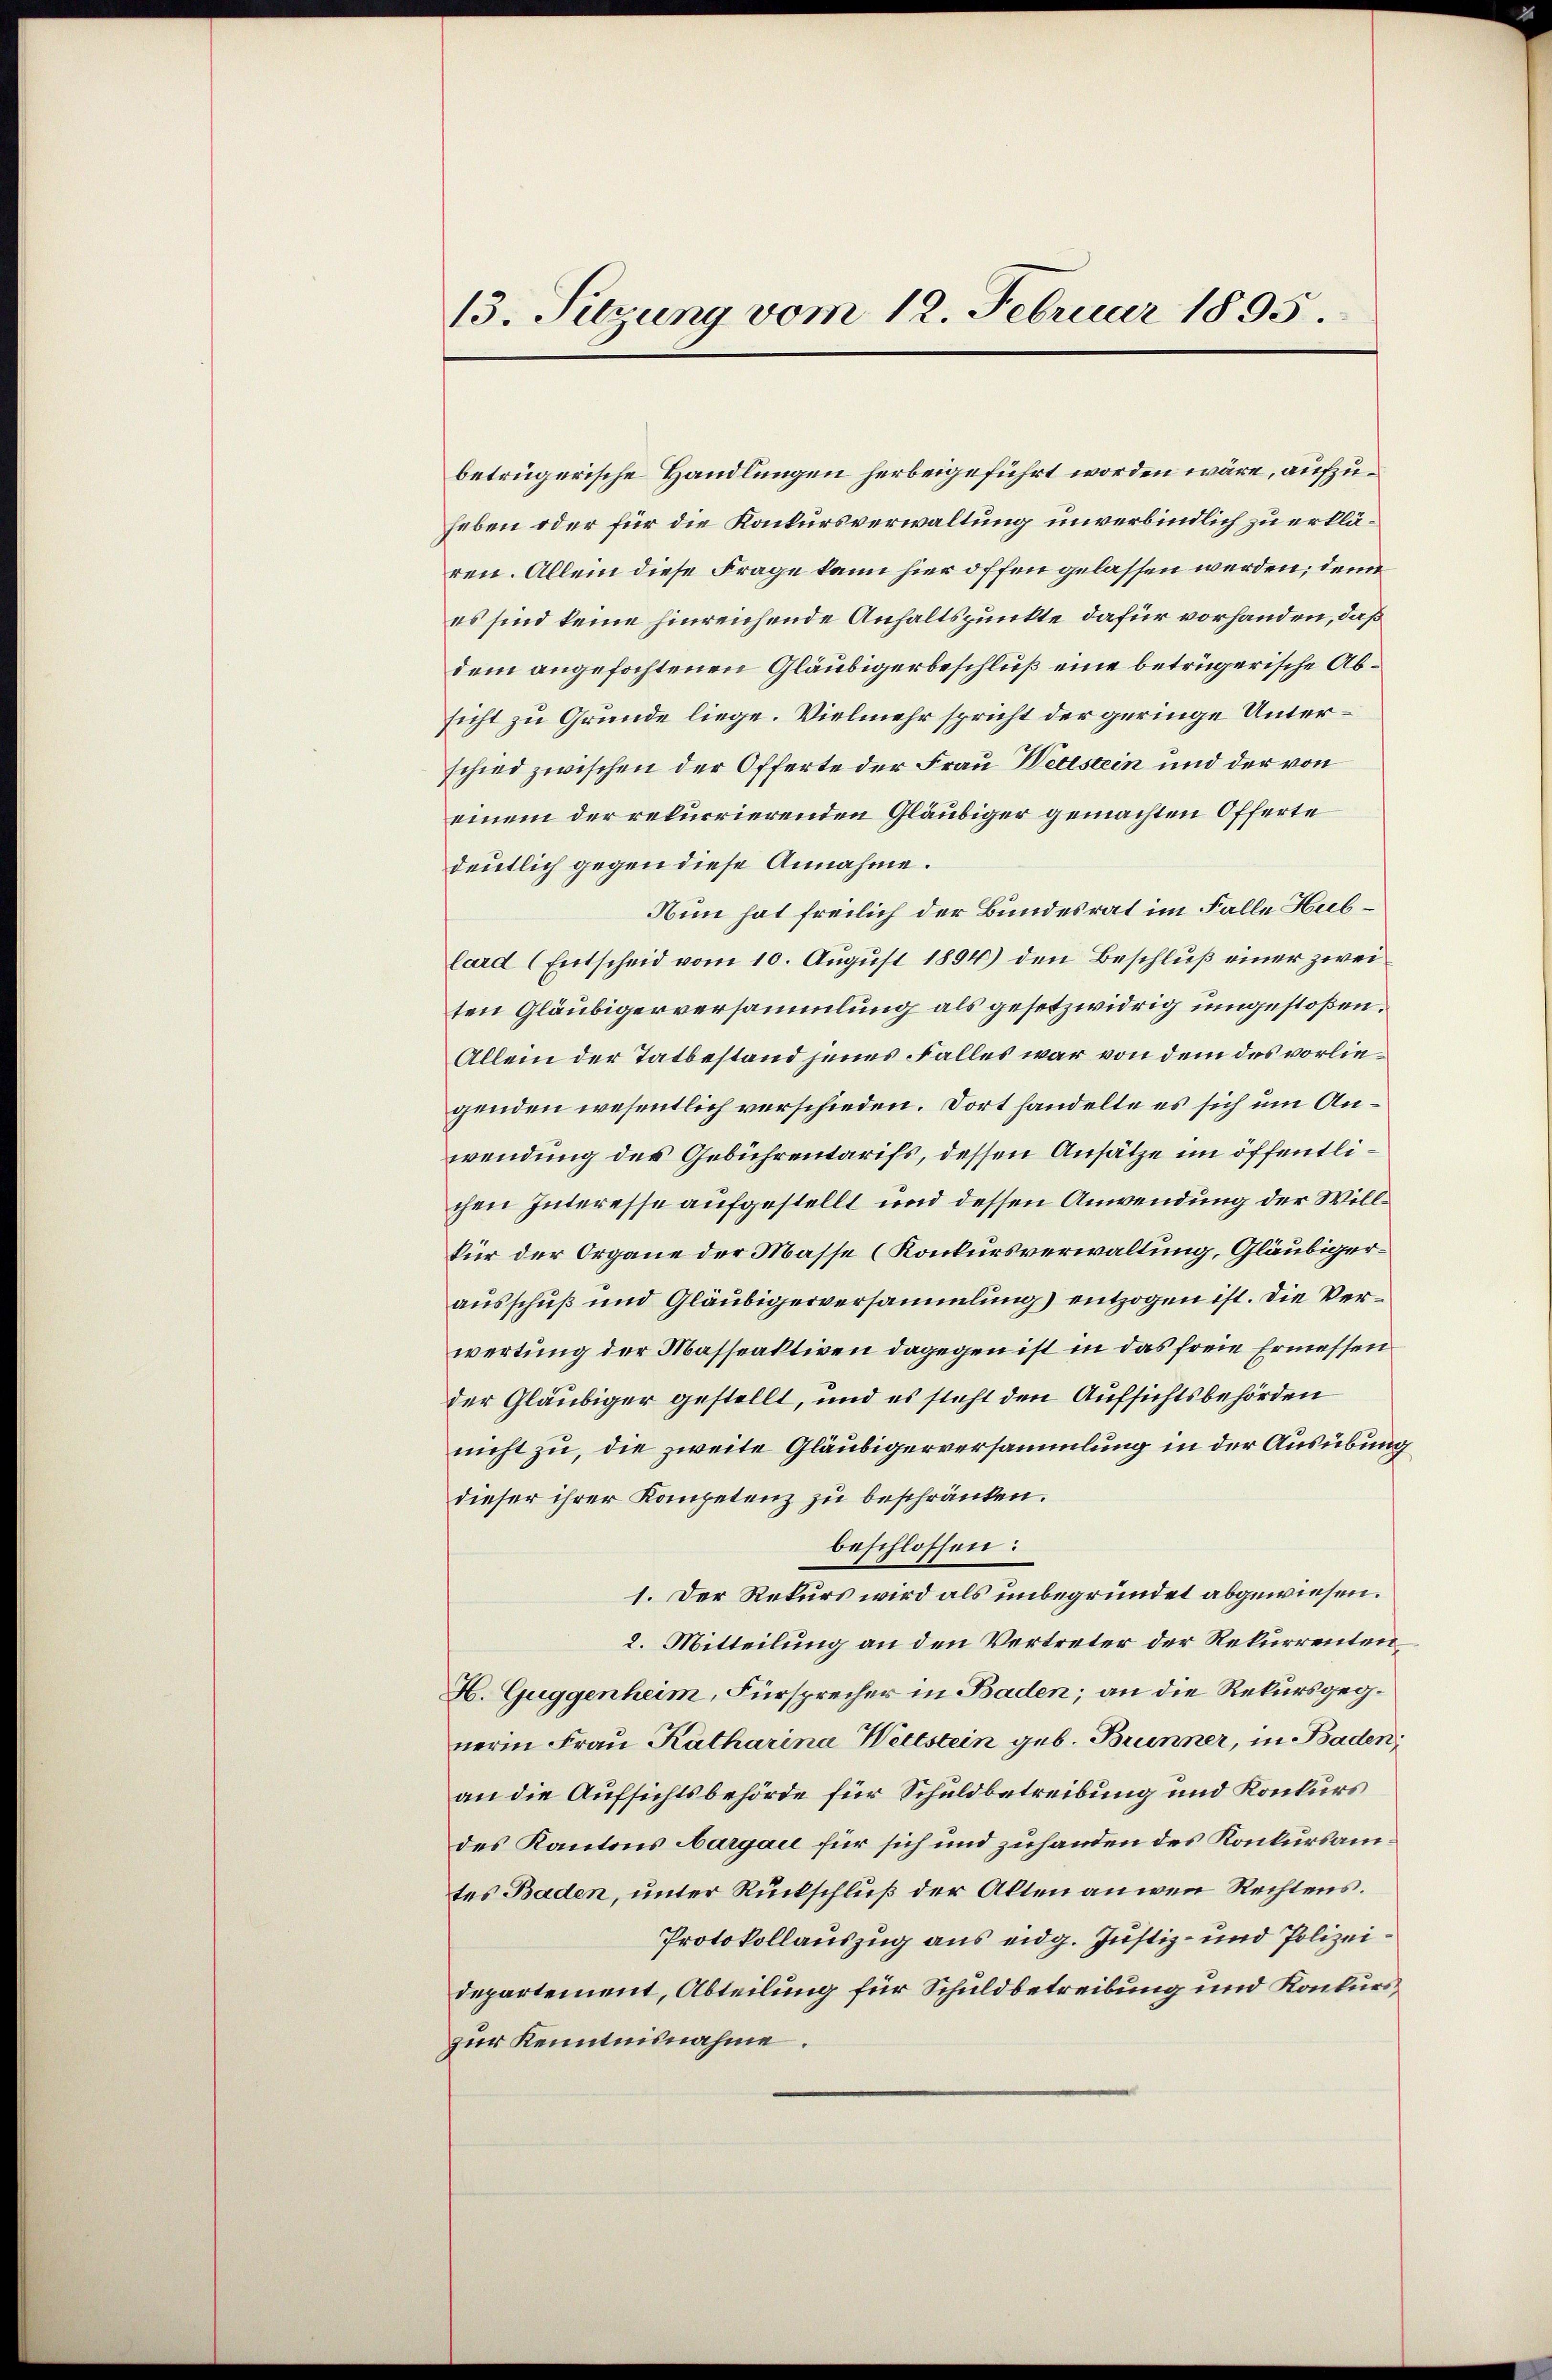
13. Suzung vom 12. Februar 1895.

betrügerische Handlungen herbeigeführt worden wäre, aufzuheben oder für die Konkursverwaltung unverbindlich zu erklären. Allein diese Frage kann hier offen gelassen werden; denn
es sind keine hinreichende Anhaltspunkte dafür vorhanden, daß
dem angefochtenen Gläubigerbeschluß eine betrügerische Absicht zu Grunde liege. Vielmehr spricht der geringe Unterschied zwischen der Offerte der Frau Webstein und der von
einem der rekurrierenden Gläubiger gemachten Offerte
deutlich gegen diese Annahme.
Nun hat freilich der Bundesrat im Falle Hublard (Entscheid vom 10. August 1894) den Beschluß einer zweiten Gläubigerversammlung als gesetzwidrig umgestoßen.
Allein der Tatbestand jenes Falles war von dem des vorliegenden wesentlich verschieden. Dort handelte es sich um Anwendung des Gebührentarifs, dessen Ansätze im öffentlichen Interesse aufgestellt und dessen Anwendung der Willkür der Organe der Masse (Konkursverwaltung, Gläubigerausschuß und Gläubigerversammlung) entzogen ist. Die Verwertung der Masseaktiven dagegen ist in das freie Ermessen
der Gläubiger gestellt, und es steht den Aufsichtsbehörden
nicht zu, die zweite Gläubigerversammlung in der Ausübung
dieser ihrer Kompetenz zu beschränken.
beschlossen:
1. Der Rekurs wird als unbegründet abgewiesen.
2. Mitteilung an den Vertreter der Rekurrenten
H. Guggenheim, Fürsprecher in Baden; an die Rekursgegnerin Frau Katharina Wettstein geb. Brunner, in Baden,
an die Aufsichtsbehörde für Schuldbetreibung und Konkurs
des Kantons Aargau für sich und zuhanden des Konkursamtes Baden, unter Rückschluß der Alten an wenn Rechtens.
Protokollauszug aus eidg. Justiz- und Polizeidepartement, Abteilung für Schuldbetreibung und Konkurs
zur Kenntnisnahme.